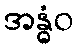
အန္ဓံဝ